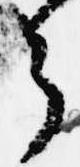
了